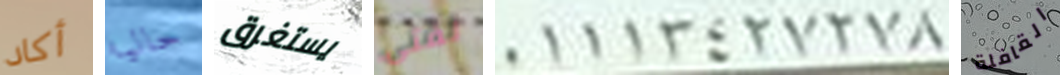
أكاد حاليا يستغرق لفتى 01113427278 القافلة